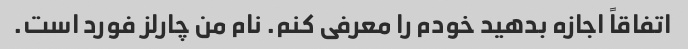
اتفاقاً اجازه بدهید خودم را معرفی کنم. نام من چارلز فورد است.